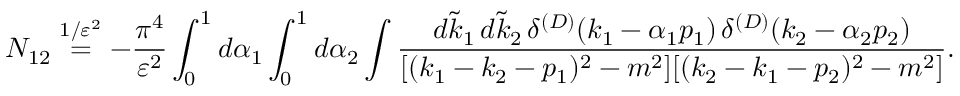
N _ { 1 2 } \stackrel { 1 / \varepsilon ^ { 2 } } { = } - \frac { \pi ^ { 4 } } { \varepsilon ^ { 2 } } \int _ { 0 } ^ { 1 } d \alpha _ { 1 } \int _ { 0 } ^ { 1 } d \alpha _ { 2 } \int \frac { d \tilde { k } _ { 1 } \, d \tilde { k } _ { 2 } \, \delta ^ { ( D ) } ( k _ { 1 } - \alpha _ { 1 } p _ { 1 } ) \, \delta ^ { ( D ) } ( k _ { 2 } - \alpha _ { 2 } p _ { 2 } ) } { [ ( k _ { 1 } - k _ { 2 } - p _ { 1 } ) ^ { 2 } - m ^ { 2 } ] [ ( k _ { 2 } - k _ { 1 } - p _ { 2 } ) ^ { 2 } - m ^ { 2 } ] } .